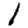
Digit: 1